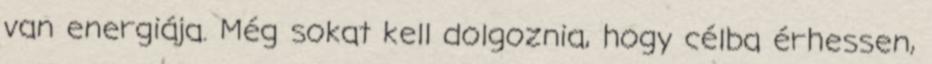
van energiája. Még sokat kell dolgoznia, hogy célba érhessen,